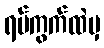
ရပ်ကွက်ထဲမှ